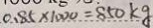
0 . 8 5 \times 1 0 0 0 = 8 5 0 k g